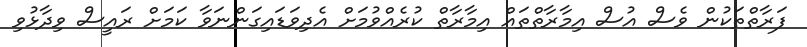
ފަރާތްތަކުން ވެސް އުސް އިމާރާތްތައް އިމާރާތް ކުރެއްވުމަށް އެދިވަޑައިގަންނަވާ ކަމަށް ރައީސް ވިދާޅުވި